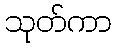
သုတ်ကာ